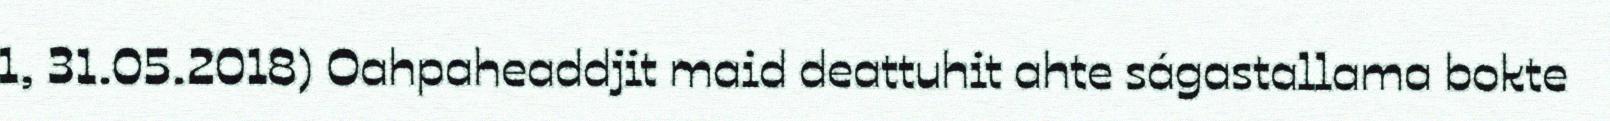
1, 31.05.2018) Oahpaheaddjit maid deattuhit ahte ságastallama bokte